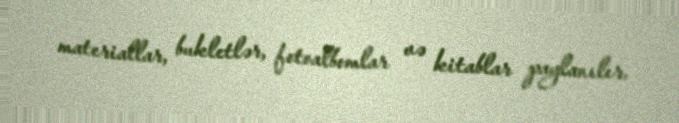
materiallar, bukletlər, fotoalbomlar və kitablar paylanılır.